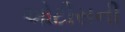
ઓટીસની